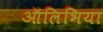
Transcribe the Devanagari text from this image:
ऑलिभिया